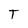
Character: T